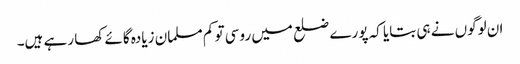
ان لوگوں نے ہی بتایا کہ پورے ضلع میں روسی تو کم مسلمان زیادہ گائے کھا رہے ہیں۔